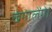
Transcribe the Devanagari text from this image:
खंगालेंगे।